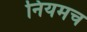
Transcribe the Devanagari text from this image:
नियमच